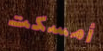
أمسكت